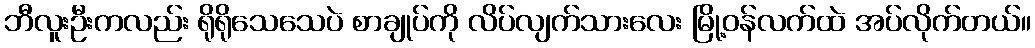
ဘီလူးဦးကလည်း ရိုရိုသေသေပဲ စာချုပ်ကို လိပ်လျက်သားလေး မြို့ဝန်လက်ထဲ အပ်လိုက်တယ်။